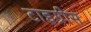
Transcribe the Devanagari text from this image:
टाइग्रीस